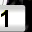
Digit: 1